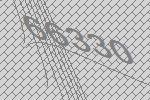
66330